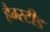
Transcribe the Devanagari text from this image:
हैम्स्टीड